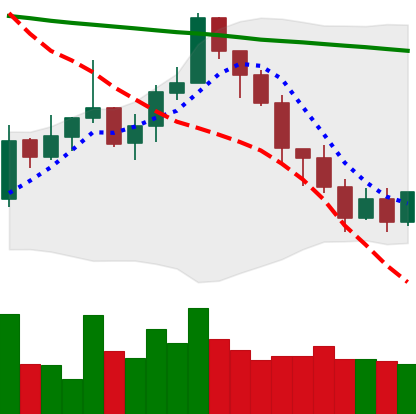
Ticker: XMR-USD
Chart end date: 2022-01-11
Forward return: 16.099%
Label: up_7plus